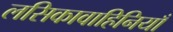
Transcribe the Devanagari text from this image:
लसिकावाहिनियाँ